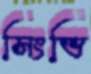
সিংভি